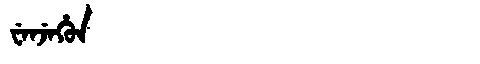
Manchu: ᠸᡝᠨᠵᡝᡥᡠᠨ
Romanization: WENJEHUN